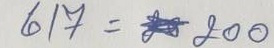
617 = 200